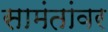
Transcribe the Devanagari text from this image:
सामंतांवर